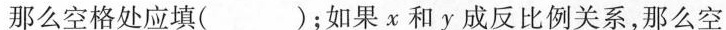
那么空格处应填()；如果χ和y成反比例关系，那么空